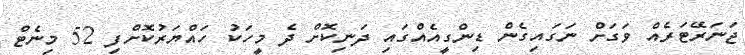
ޖަނަރޭޓަރެއް ވަގަށް ނަގައިގެން ޑިންގީއެއްގައި ދަނިކޮށް ދެ މީހަކު ހައްޔަރުކޮށްފި 52 މިނެޓް